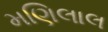
મણિલાલ